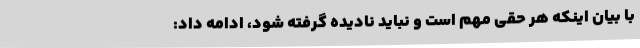
با بیان اینکه هر حقی مهم است و نباید نادیده گرفته شود، ادامه داد: